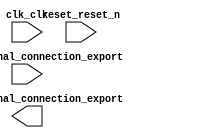

module Lab1 (
	clk_clk,
	pio_1_external_connection_export,
	pio_0_external_connection_export,
	reset_reset_n);	

	input		clk_clk;
	input	[3:0]	pio_1_external_connection_export;
	output	[7:0]	pio_0_external_connection_export;
	input		reset_reset_n;
endmodule